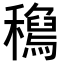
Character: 𥣟